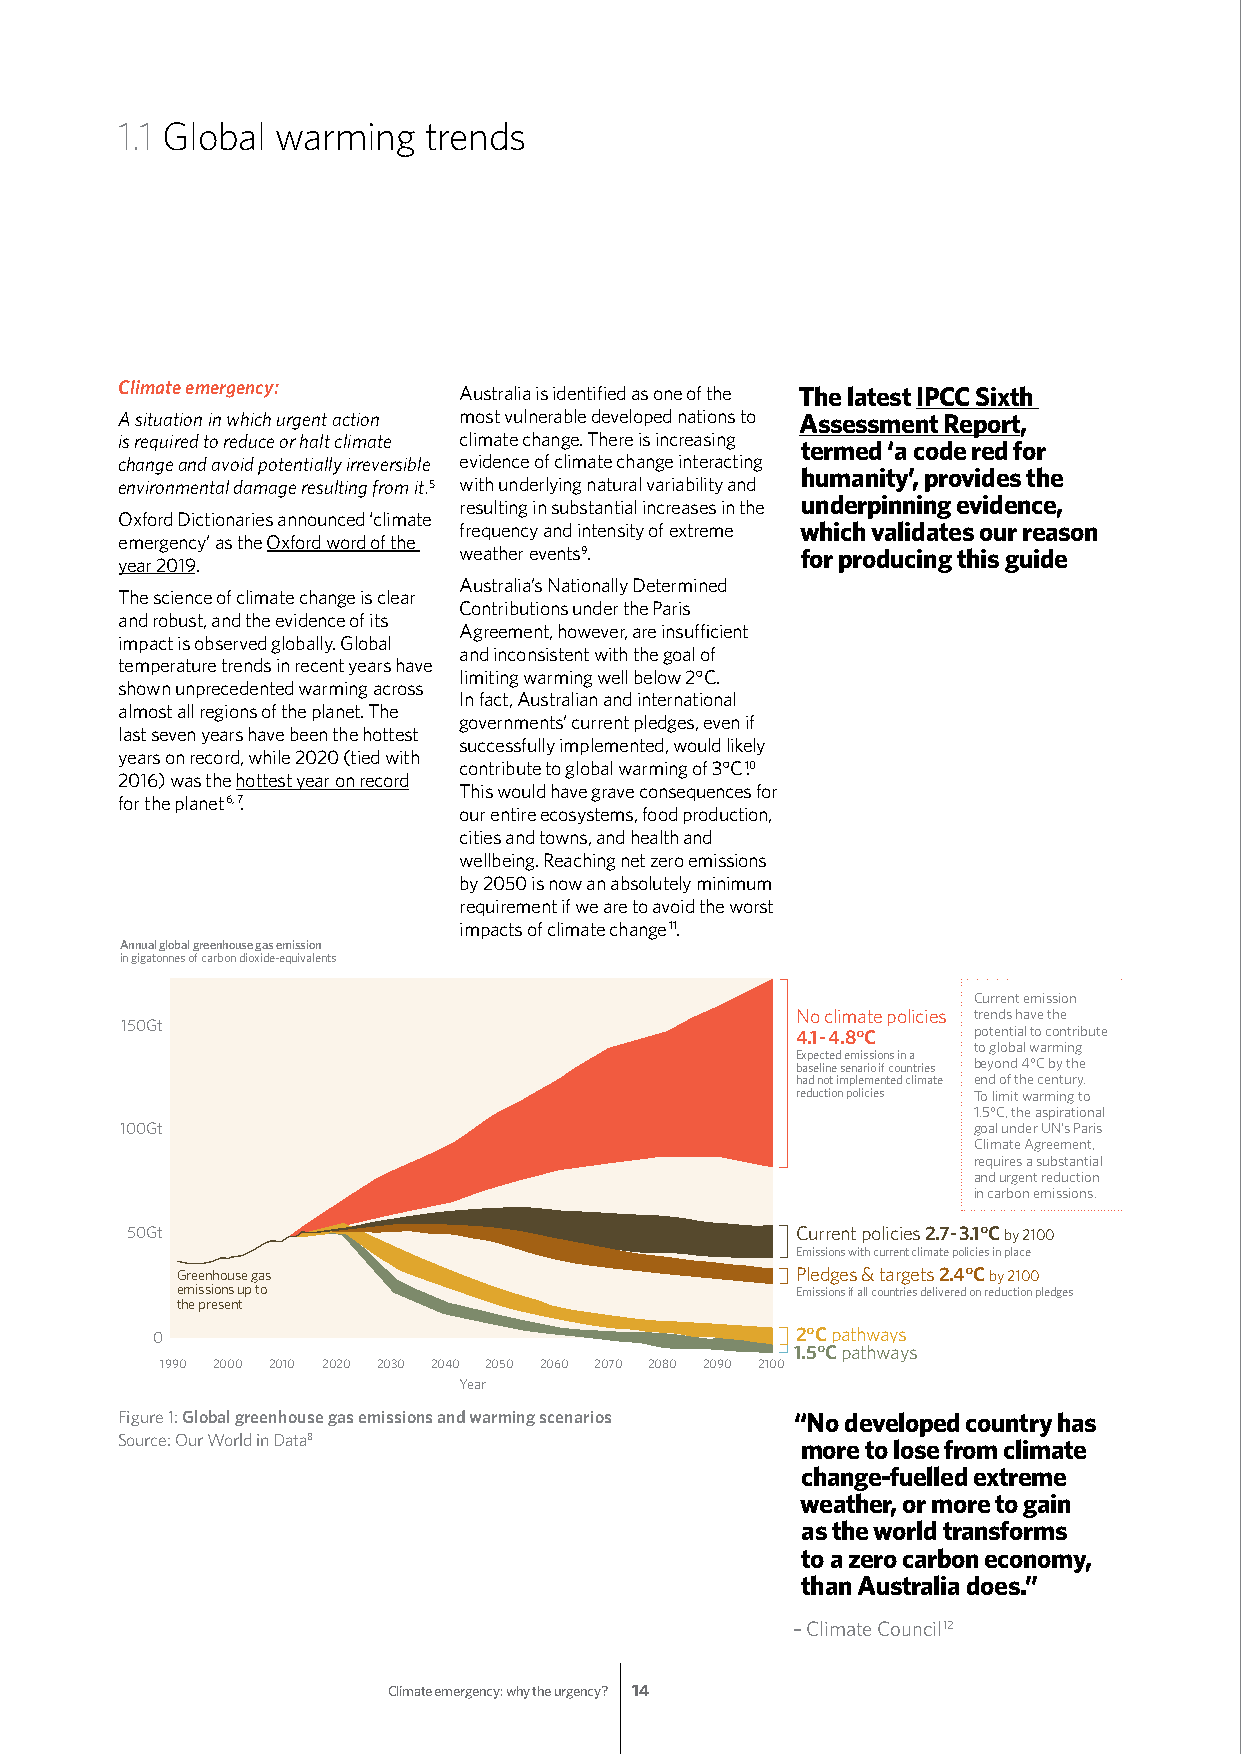
1.1 Global warming  trends
 Climate emergency:    Australia is identified as one of the The latest IPCC Sixth
 A situation in which urgent action most vulnerable developed nations to Assessment Report,
 is required to reduce or halt climate climate change. There is increasing termed ‘a code red for
 change and avoid potentially irreversible evidence of climate change interacting
 humanity’, provides the
 environmental damage resulting from it.5 with underlying natural variability and
 resulting in substantial increases in the underpinning evidence,
 Oxford Dictionaries announced ‘climate
 frequency and intensity of extreme which validates our reason
 emergency’ as the Oxford word of the
 weather events9.       for producing this guide
 year 2019.
 Australia’s Nationally Determined
 The science of climate change is clear
 Contributions under the Paris
 and robust, and the evidence of its
 Agreement, however, are insufficient
 impact is observed globally. Global
 and inconsistent with the goal of
 temperature trends in recent years have
 limiting warming well below 2°C.
 shown unprecedented warming across
 In fact, Australian and international
 almost all regions of the planet. The
 governments’ current pledges, even if
 last seven years have been the hottest
 successfully implemented, would likely
 years on record, while 2020 (tied with
 contribute to global warming of 3°C1.0
 2016) was the hottest year on record
 This would have grave consequences for
 for the planet6, 7.
 our entire ecosystems, food production,
 cities and towns, and health and
 wellbeing. Reaching net zero emissions
 by 2050 is now an absolutely minimum
 requirement if we are to avoid the worst
 impacts of climate change11.
 Annual global greenhouse gas emission
 in gigatonnes of carbon dioxide-equivalents
 Current emission
 No climate policies trends have the
 150Gt                                        4.1-4.8°C  potential to contribute
 to global warming
 Expected emissions in a
 baseline senario if countries beyond 4°C by the
 had not implemented climate end of the century.
 reduction policies To limit warming to
 1.5°C, the aspirational
 100Gt                                                   goal under UN’s Paris
 Climate Agreement,
 requires a substantial
 and urgent reduction
 in carbon emissions.
 50Gt                                         Current policies 2.7-3.1°C by 2100
 Emissions with current climate policies in place
 Greenhouse gas                           Pledges & targets 2.4°C by 2100
 emissions up to                          Emissions if all countries delivered on reduction pledges
 the present
 0                                          2°C pathways
 1.5°C pathways
 1990 2000 2010 2020 2030 2040 2050 2060 2070 2080 2090 2100
 Year
 Figure 1: Global greenhouse gas emissions and warming scenarios “No developed country has
 Source: Our World in Data8
 more to lose from climate
 change-fuelled extreme
 weather, or more to gain
 as the world transforms
 to a zero carbon economy,
 than Australia does.”
 – Climate Council12
 Climate emergency: why the urgency? 14